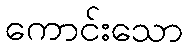
ကောင်းသော